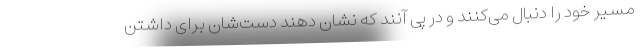
مسیر خود را دنبال می‌کنند و در پی آنند که نشان دهند دست‌شان برای داشتن